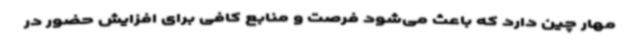
مهار چین دارد که باعث می‌شود فرصت و منابع کافی برای افزایش حضور در